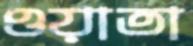
ওয়াতা